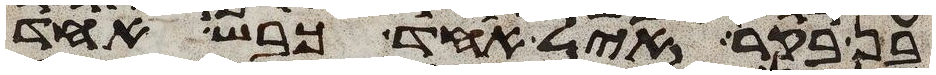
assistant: בן בקר איל אחד כבש אחד